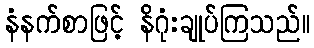
နံနက်စာဖြင့် နိဂုံးချုပ်ကြသည်။